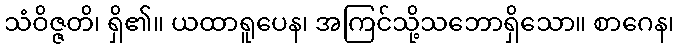
သံဝိဇ္ဇတိ၊ ရှိ၏။ ယထာရူပေန၊ အကြင်သို့သဘောရှိသော။ စာဂေန၊